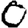
Digit: 0